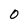
Character: 0